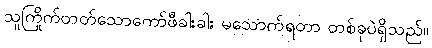
သူကြိုက်တတ်သောကော်ဖီခါးခါး မသောက်ရတာ တစ်ခုပဲရှိသည်။